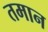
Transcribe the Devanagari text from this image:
तमान